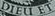
DIEU ET